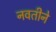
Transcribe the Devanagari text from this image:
नवतीने